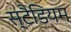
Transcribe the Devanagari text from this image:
स्टैडियम